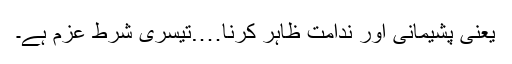
یعنی پشیمانی اور ندامت ظاہر کرنا….تیسری شرط عزم ہے۔